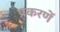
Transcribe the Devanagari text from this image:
प्रकरणें